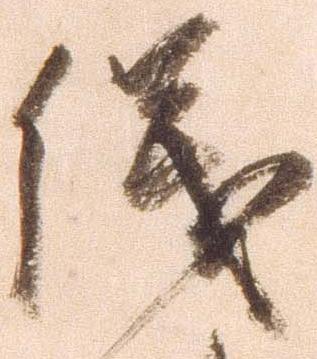
儀